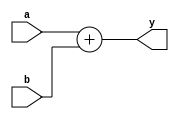
`timescale 1ns / 1ps

module adder(
    input wire [31:0] a, b,
    output wire [31:0] y
);

    // This module performs 32-bit addition
    assign y = a + b;
    
endmodule